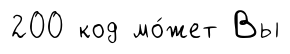
200 код мо́жет Вы